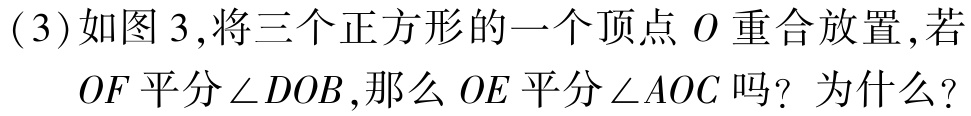
(3)如图3,将三个正方形的一个顶点\(O\)重合放置,若

\(OF\)平分\(\angle DOB\),那么\(OE\)平分\(\angle AOC\)吗？为什么？